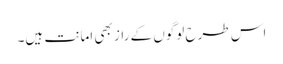
اس طرح لوگوں کے راز بھی امانت ہیں۔